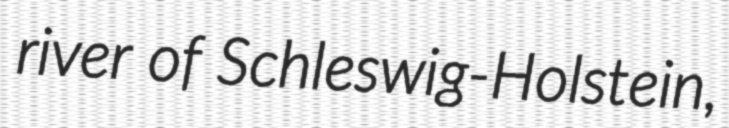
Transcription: river of Schleswig-Holstein,